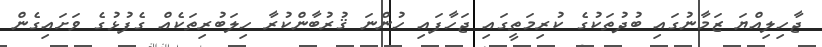
ޖާހިލިއްޔަ ޒަމާނުގައި ބުދުތަކުގެ ކުރިމަތީގައި ޖަހާފައި ހުންނަ ޤުރުބާންކުރާ ހިލަބުރިތަކެއް ގެފުޅުގެ ވަށައިގެން